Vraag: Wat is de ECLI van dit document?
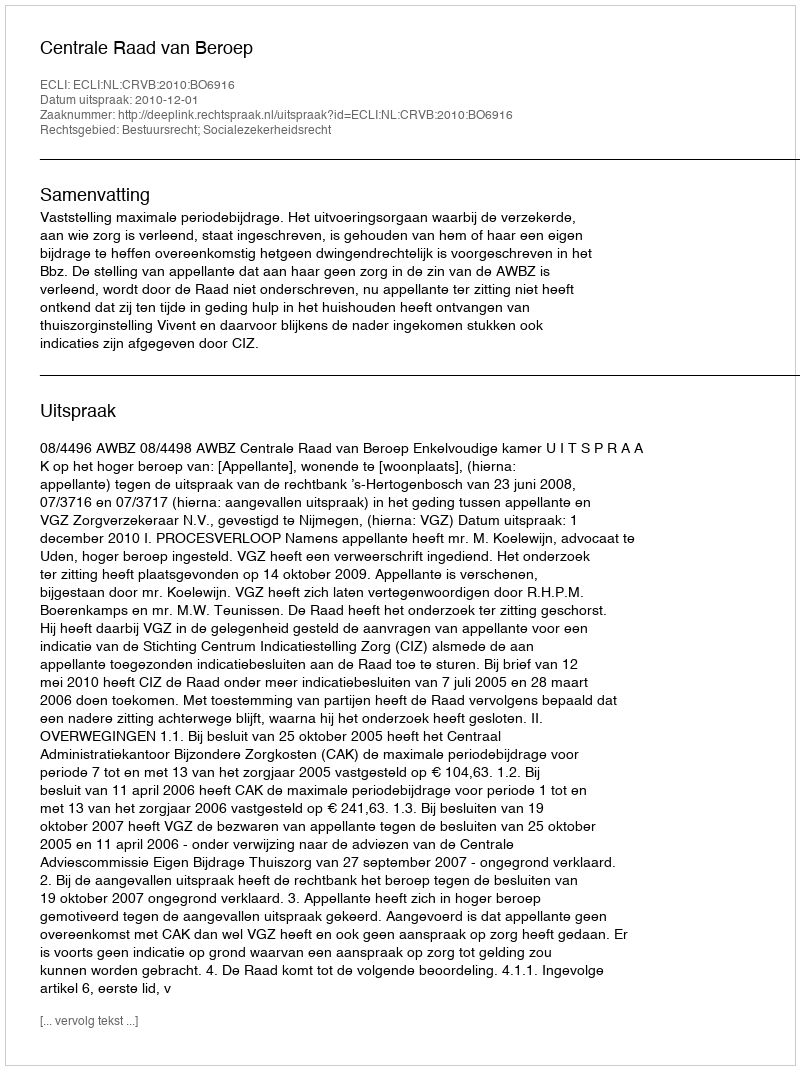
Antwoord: ECLI:NL:CRVB:2010:BO6916